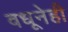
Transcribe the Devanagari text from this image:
वधूनेही